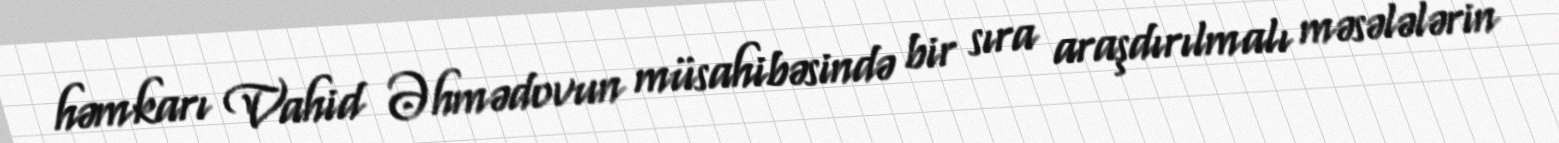
həmkarı Vahid Əhmədovun müsahibəsində bir sıra araşdırılmalı məsələlərin